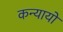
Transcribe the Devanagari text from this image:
कन्यायों